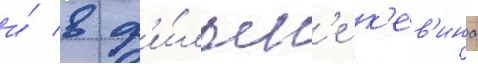
и́ в ф'и́льм'е к'ев'ина